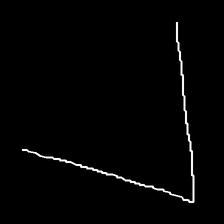
Glyph: region